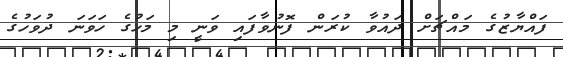
ފައްޔާޒުގެ މައްޗަށް ދައުވާ ކުރަން ފޮނުވާފައި ވަނީ މި މަހުގެ ހަވަނަ ދުވަހުގެ